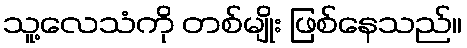
သူ့လေသံကို တစ်မျိုး ဖြစ်နေသည်။